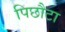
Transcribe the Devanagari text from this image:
पिछौटा